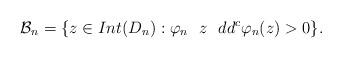
LaTeX: \begin{align*}\mathcal{B}_n=\{z\in Int(D_n): \varphi_n\ \ z\ \ dd^c\varphi_n(z)>0 \}.\end{align*}